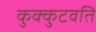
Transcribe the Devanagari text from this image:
कुक्कुटवति